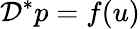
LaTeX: \mathcal{D}^{*}p=f(u)